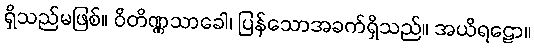
ရှိသည်မဖြစ်။ ဝိတိဏ္ဏသာခေါ၊ ပြန်သောအခက်ရှိသည်။ အယိရဠော။